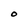
Character: O